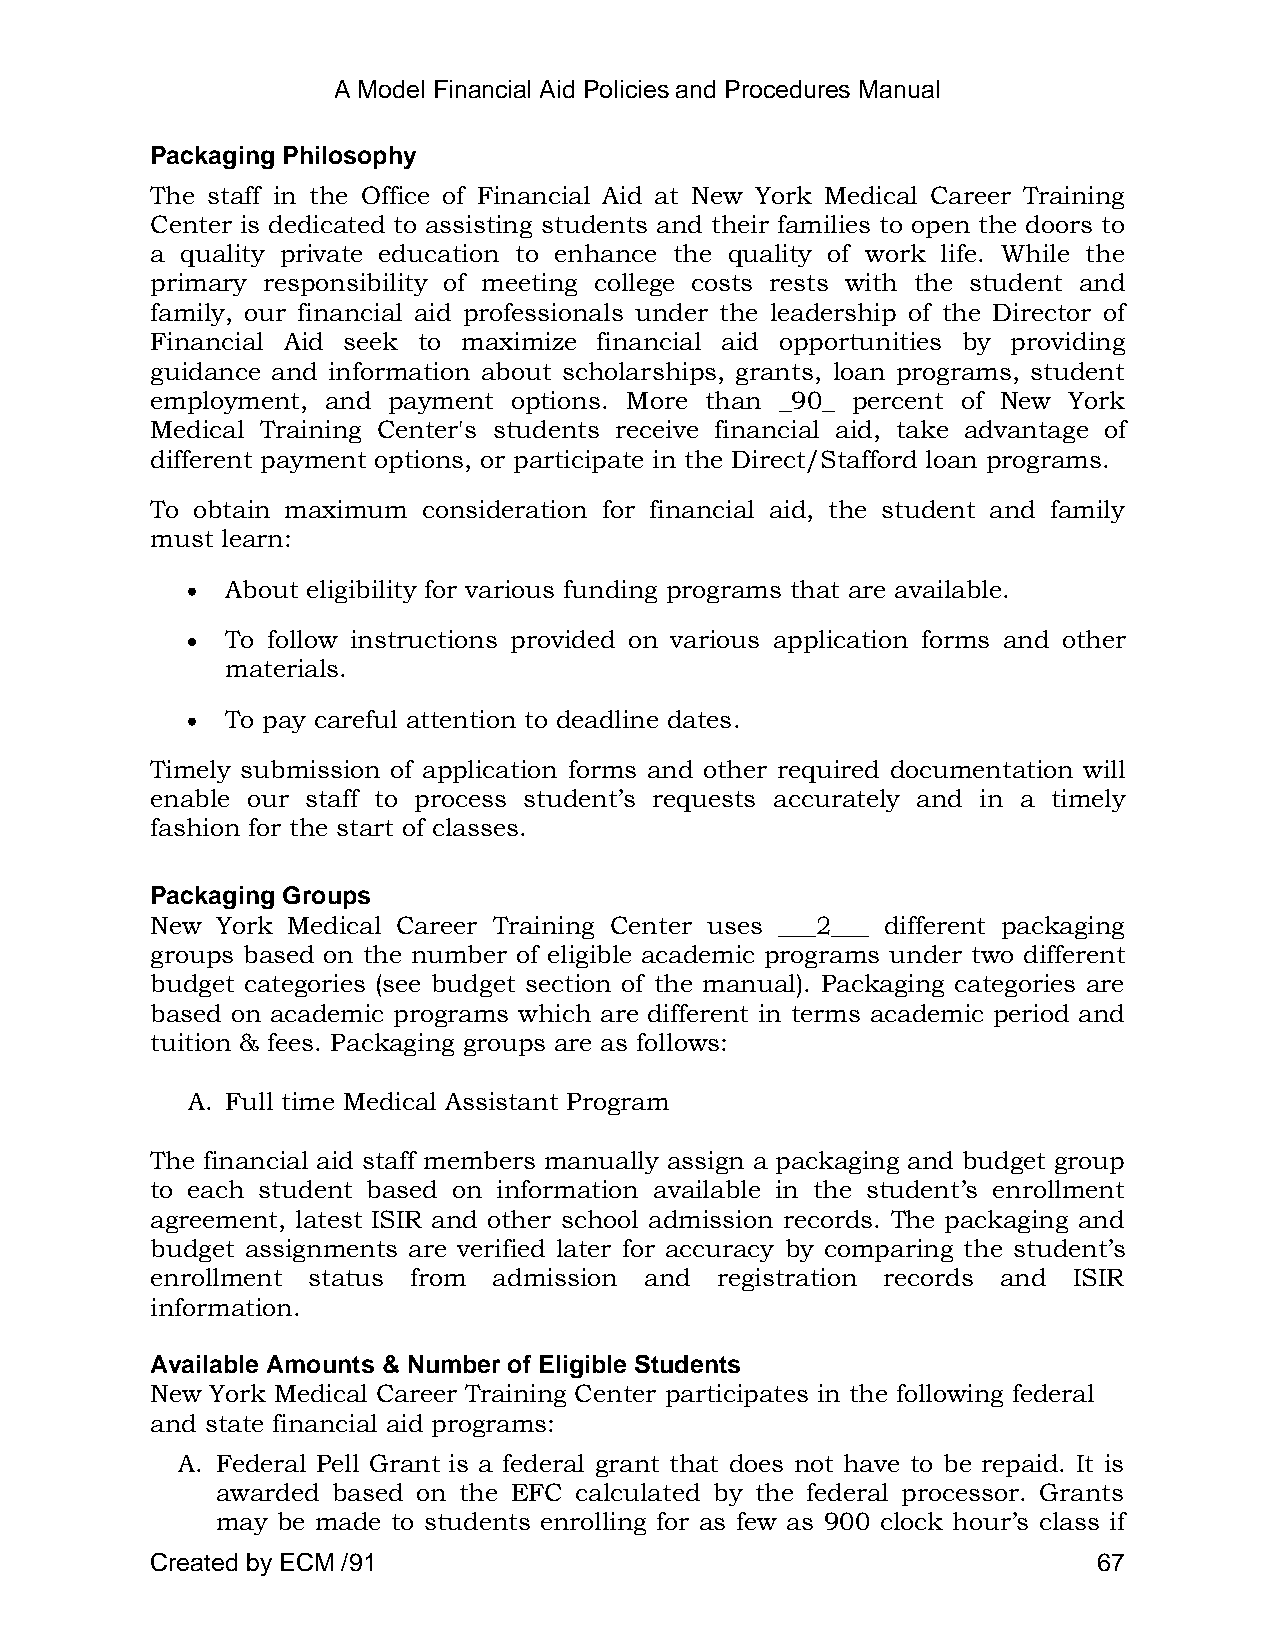
A Model Financial Aid Policies and Procedures Manual
 Packaging Philosophy
 The staff in the Office of Financial Aid at New York Medical Career Training
 Center is dedicated to assisting students and their families to open the doors to
 a quality private education to enhance the quality of work life. While the
 primary responsibility of meeting college costs rests with the student and
 family, our financial aid professionals under the leadership of the Director of
 Financial Aid seek to maximize financial aid opportunities by providing
 guidance and information about scholarships, grants, loan programs, student
 employment, and payment options. More than _90_ percent of New York
 Medical Training Center's students receive financial aid, take advantage of
 different payment options, or participate in the Direct/Stafford loan programs.
 To obtain maximum consideration for financial aid, the student and family
 must learn:
 About eligibility for various funding programs that are available.
 To follow instructions provided on various application forms and other
 materials.
 To pay careful attention to deadline dates.
 Timely submission of application forms and other required documentation will
 enable our staff to process student‘s requests accurately and in a timely
 fashion for the start of classes.
 Packaging Groups
 New York Medical Career Training Center uses ___2___ different packaging
 groups based on the number of eligible academic programs under two different
 budget categories (see budget section of the manual). Packaging categories are
 based on academic programs which are different in terms academic period and
 tuition & fees. Packaging groups are as follows:
 A. Full time Medical Assistant Program
 The financial aid staff members manually assign a packaging and budget group
 to each student based on information available in the student‘s enrollment
 agreement, latest ISIR and other school admission records. The packaging and
 budget assignments are verified later for accuracy by comparing the student‘s
 enrollment status from admission and registration records and ISIR
 information.
 Available Amounts & Number of Eligible Students
 New York Medical Career Training Center participates in the following federal
 and state financial aid programs:
 A. Federal Pell Grant is a federal grant that does not have to be repaid. It is
 awarded based on the EFC calculated by the federal processor. Grants
 may be made to students enrolling for as few as 900 clock hour‘s class if
 Created by ECM /91                                             67